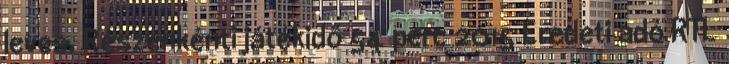
leves. Részenkénti játékidő 54 perc 2015 Eredeti adó RTL